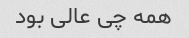
همه چی عالی بود